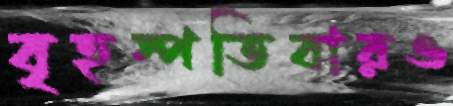
বৃহস্পতিবারও